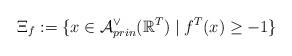
LaTeX: \begin{align*}\Xi_f:=\{x\in \mathcal A^\vee_{prin}(\mathbb R^T)\mid f^T(x)\ge -1\}\end{align*}